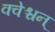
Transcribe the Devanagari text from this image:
क्वेश्चन्‌